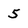
Character: 5